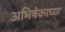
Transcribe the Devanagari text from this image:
अभिषेकाच्या